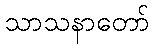
သာသနာတော်